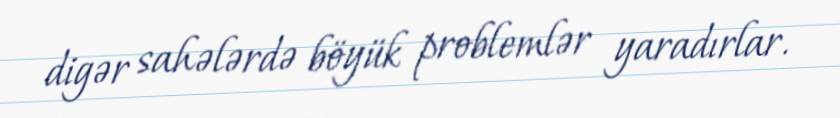
digər sahələrdə böyük problemlər yaradırlar.